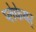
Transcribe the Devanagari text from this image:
प्लेफेयर्